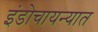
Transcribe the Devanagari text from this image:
इंडोचायन्यात